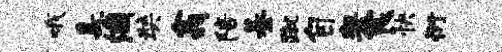
哦悬涸奘翕陪綦蹴自契食快衍